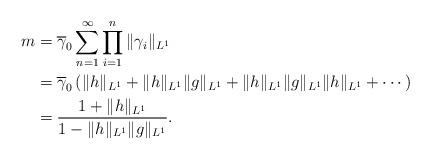
LaTeX: \begin{align*}m&=\overline{\gamma}_{0}\sum_{n=1}^{\infty}\prod_{i=1}^{n}\Vert\gamma_{i}\Vert_{L^{1}}\\&=\overline{\gamma}_{0}\left(\Vert h\Vert_{L^{1}}+\Vert h\Vert_{L^{1}}\Vert g\Vert_{L^{1}}+\Vert h\Vert_{L^{1}}\Vert g\Vert_{L^{1}}\Vert h\Vert_{L^{1}}+\cdots\right)\\&=\frac{1+\Vert h\Vert_{L^{1}}}{1-\Vert h\Vert_{L^{1}}\Vert g\Vert_{L^{1}}}.\end{align*}